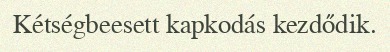
Kétségbeesett kapkodás kezdődik.